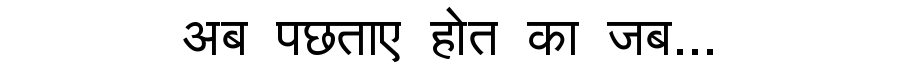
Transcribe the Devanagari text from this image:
अब पछताए होत का जब...